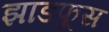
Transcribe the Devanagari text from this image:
झाडफूस